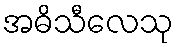
အဓိသီလေသု